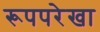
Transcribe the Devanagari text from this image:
रूपपरेखा